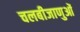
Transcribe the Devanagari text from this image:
चलबीजाणुओं